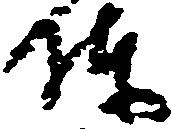
陣